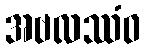
အဗလဿံဝ